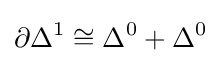
\partial \Delta ^{1}\cong \Delta ^{0}+\Delta ^{0}